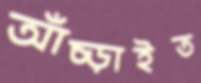
আঁচ্‌ড়াইত